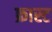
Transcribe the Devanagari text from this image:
फ्रास्ट